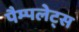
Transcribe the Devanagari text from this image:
पैम्पलेट्स